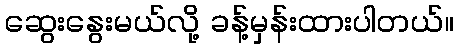
ဆွေးနွေးမယ်လို့ ခန့်မှန်းထားပါတယ်။